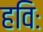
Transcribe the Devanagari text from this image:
हविः